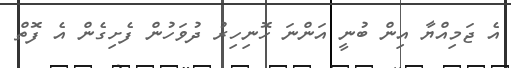
އެ ޖަމިއްޔާ އިން ބުނީ އަންނަ ހޮނިހިރު ދުވަހުން ފެށިގެން އެ ފޮތް